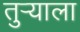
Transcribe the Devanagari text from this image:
तुर्‍याला